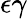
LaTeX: \epsilon\gamma